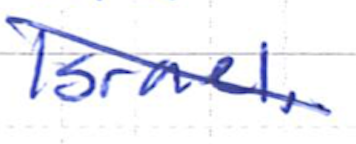
Text: Israel.
Cross-out: diagonal
Writing tool: ballpoint